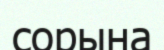
сорына